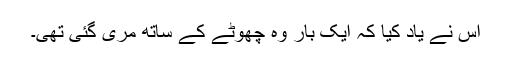
اس نے یاد کیا کہ ایک بار وہ چھوٹے کے ساتھ مری گئی تھی۔